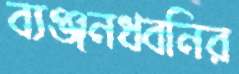
ব্যঞ্জনধ্বনির